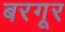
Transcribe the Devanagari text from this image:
बरगूर